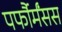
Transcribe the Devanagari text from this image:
पर्फौर्मंसस